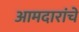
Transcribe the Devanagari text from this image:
आमदारांचे